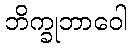
ဘိက္ခုဘာဝေါ